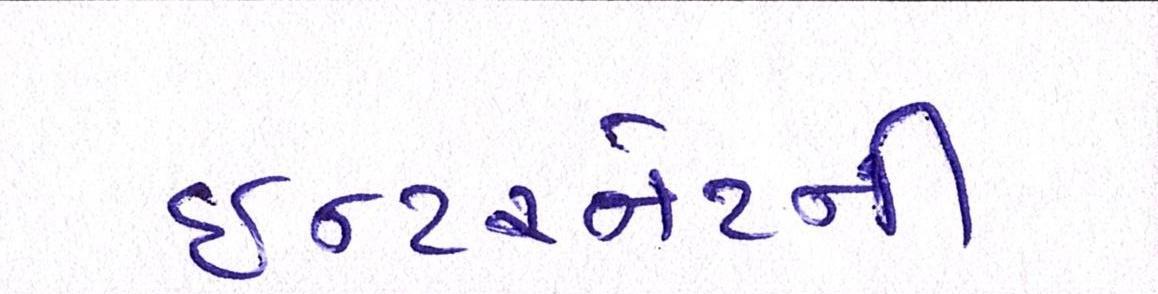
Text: ઈન્ટરનેટની